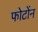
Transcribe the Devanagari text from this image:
फोटोंन